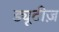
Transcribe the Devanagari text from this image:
ड्यूटीज़